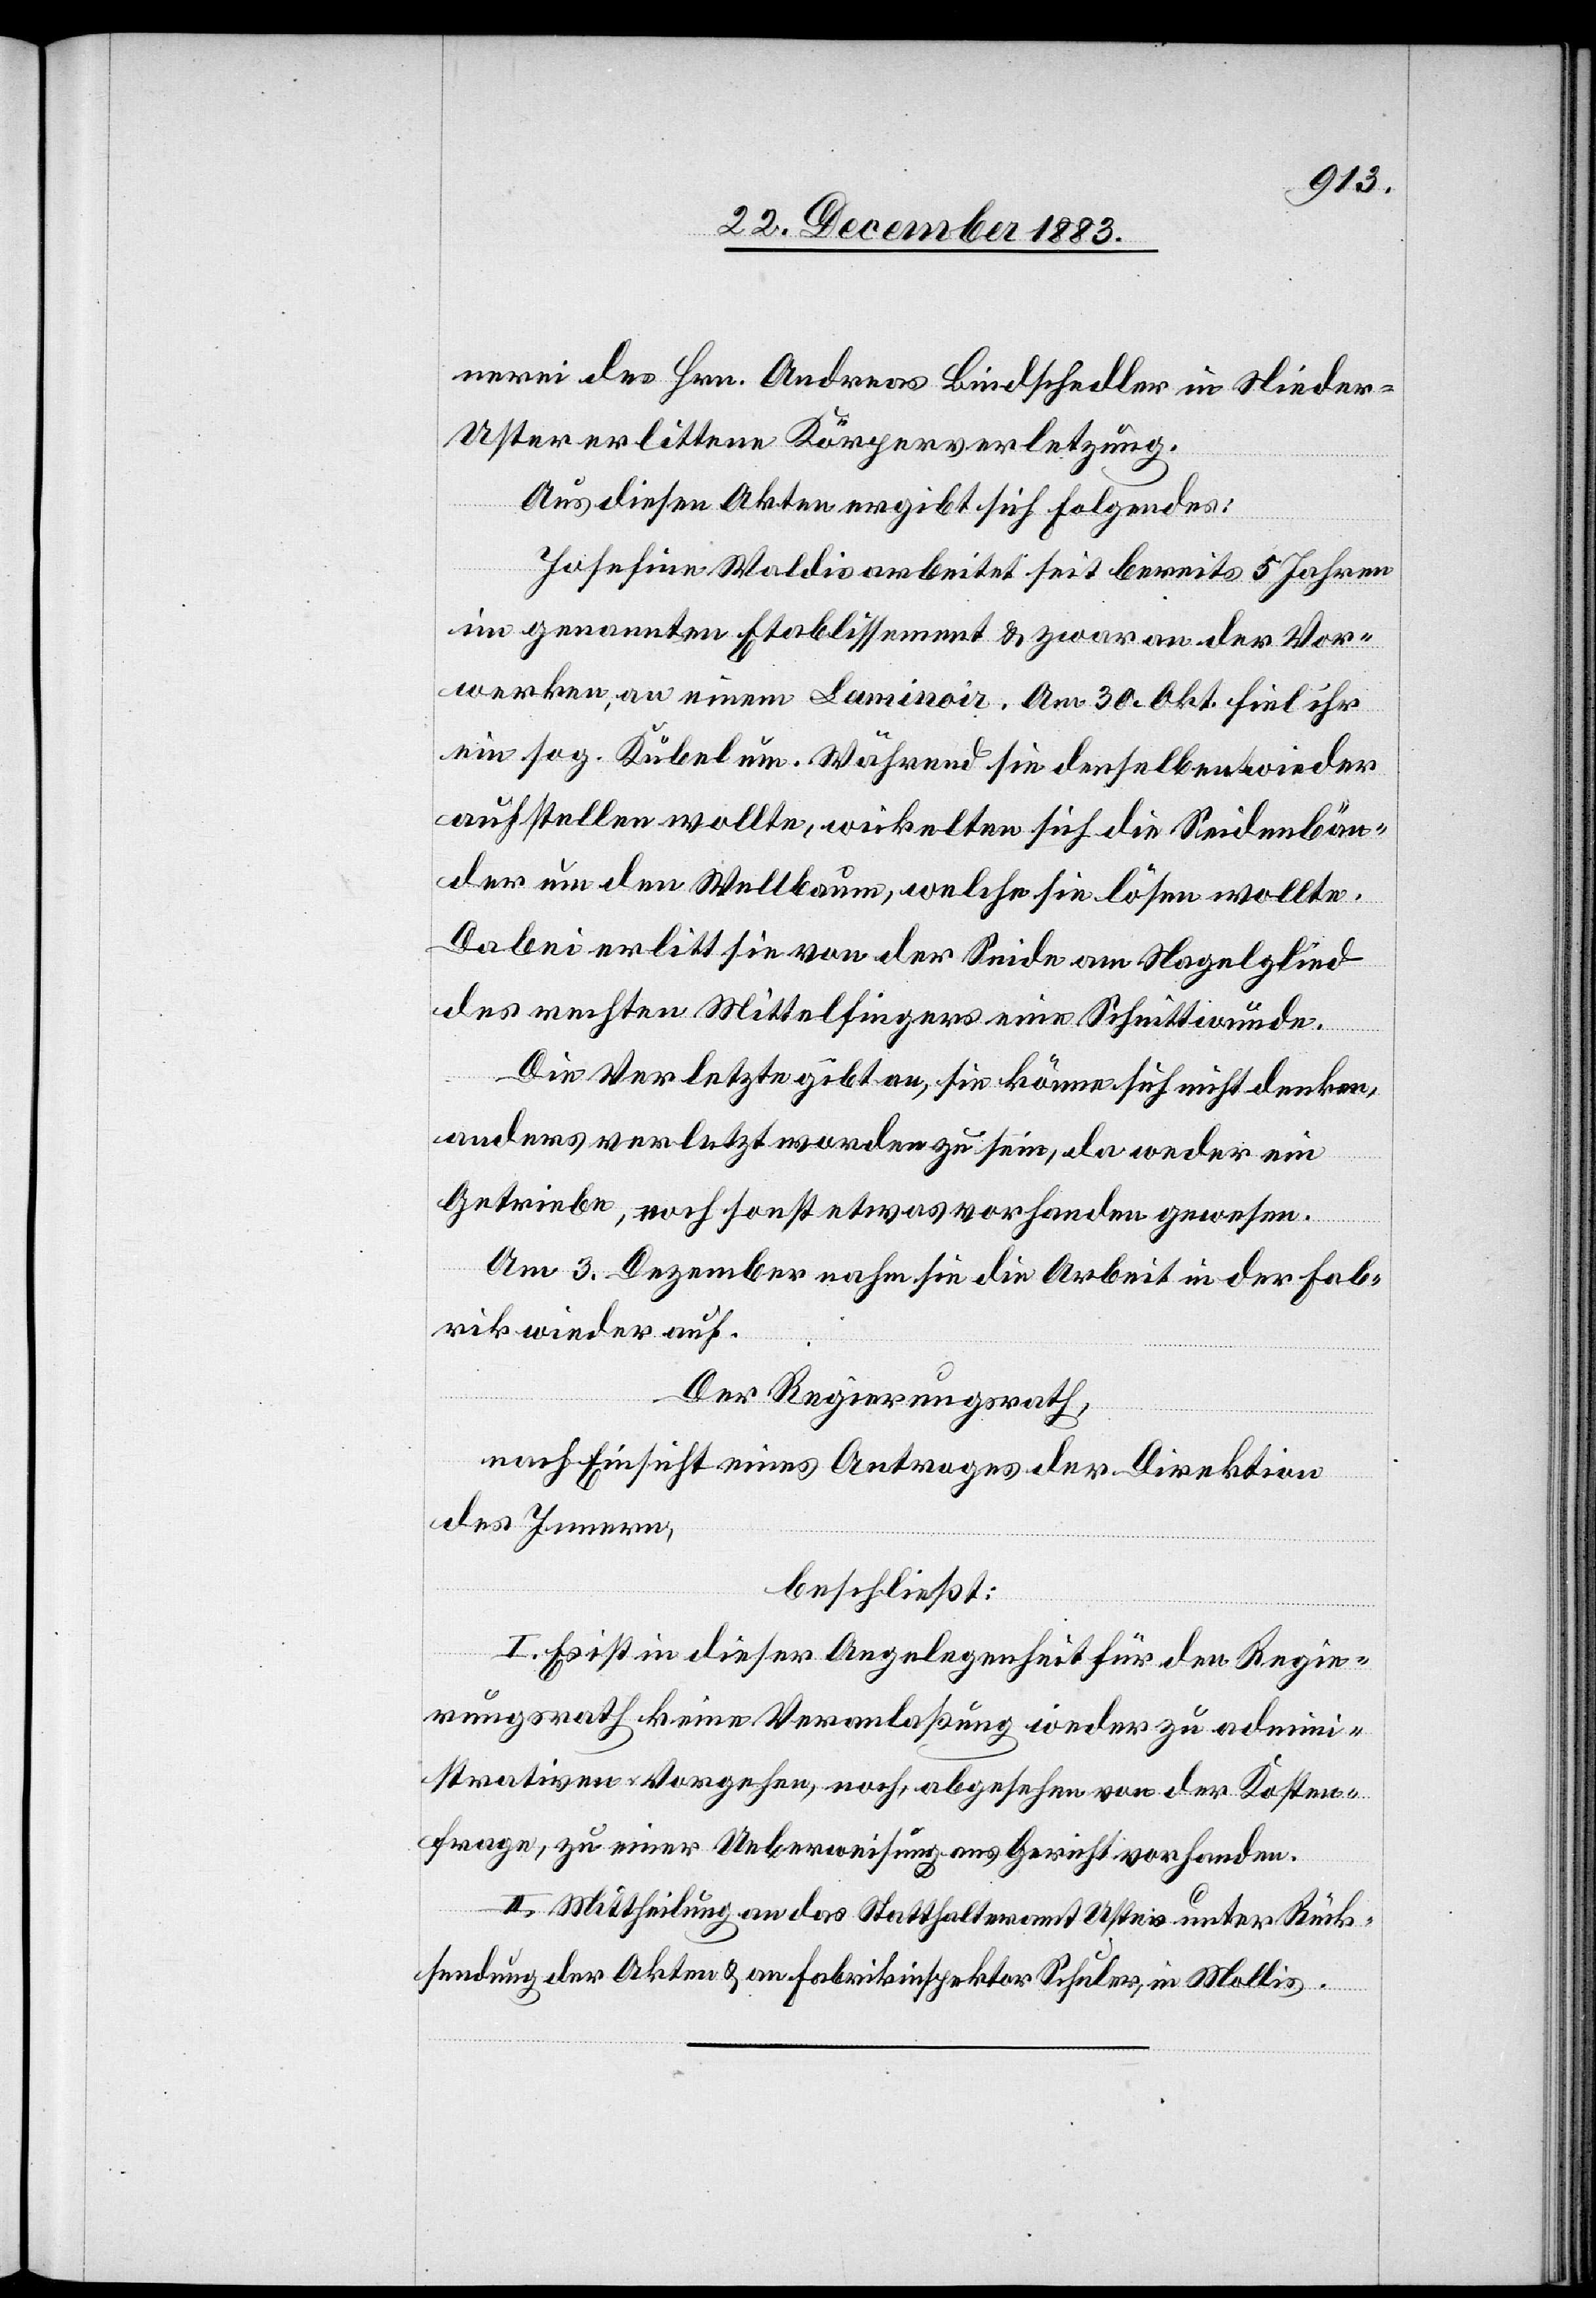
nerei des Hrn. Andreas Bindschedler in Niede¬
r-Uster erlittene Körperverletzung.
Aus diesen Akten ergibt sich Folgendes:
Josefine Waldis arbeitet seit bereits 5 Jahren
im genannten Etablissement & zwar an der Vor¬
werken, an einem Laminoir. Am 30. Okt. fiel ihr
ein sog. Kübel um. Während sie denselben wieder
aufstellen wollte, wickelten sich die Seidenbän¬
der um den Wellbaum, welche sie lösen wolle.
Dabei erlitt sie von der Seide am Nagellied
des rechten Mittelfingers eine Schnittwunde.
Die Verletzte gibt an, sie könne sich nicht denken,
anders verletzt worden zu sein, da weder ein
Getriebe, noch sonst etwas vorhanden gewesen.
Am 3. Dezember nahm sie die Arbeit in der Fab¬
rik wieder auf.
Der Regierungsrath,
nach Einsicht eines Antrages der Direktion
des Innern,
beschließt:
I. Es ist in dieser Angelegenheit für den Regie¬
rungsrath keine Veranlaßung weder zu admini¬
strativen Vorgehen, noch abgesehen von der Kosten¬
frage, zu einer Ueberweisung ans Gericht vorhanden.
II. Mittheilung an das Statthalteramt Uster unter Rück¬
sendung der Akten & an Fabrikinspektor Schuler, in Mollis.